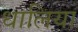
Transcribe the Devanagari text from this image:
धालिया